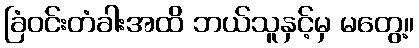
ခြံဝင်းတံခါးအထိ ဘယ်သူနှင့်မှ မတွေ့။